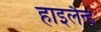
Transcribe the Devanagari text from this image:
हाइलैन्ड